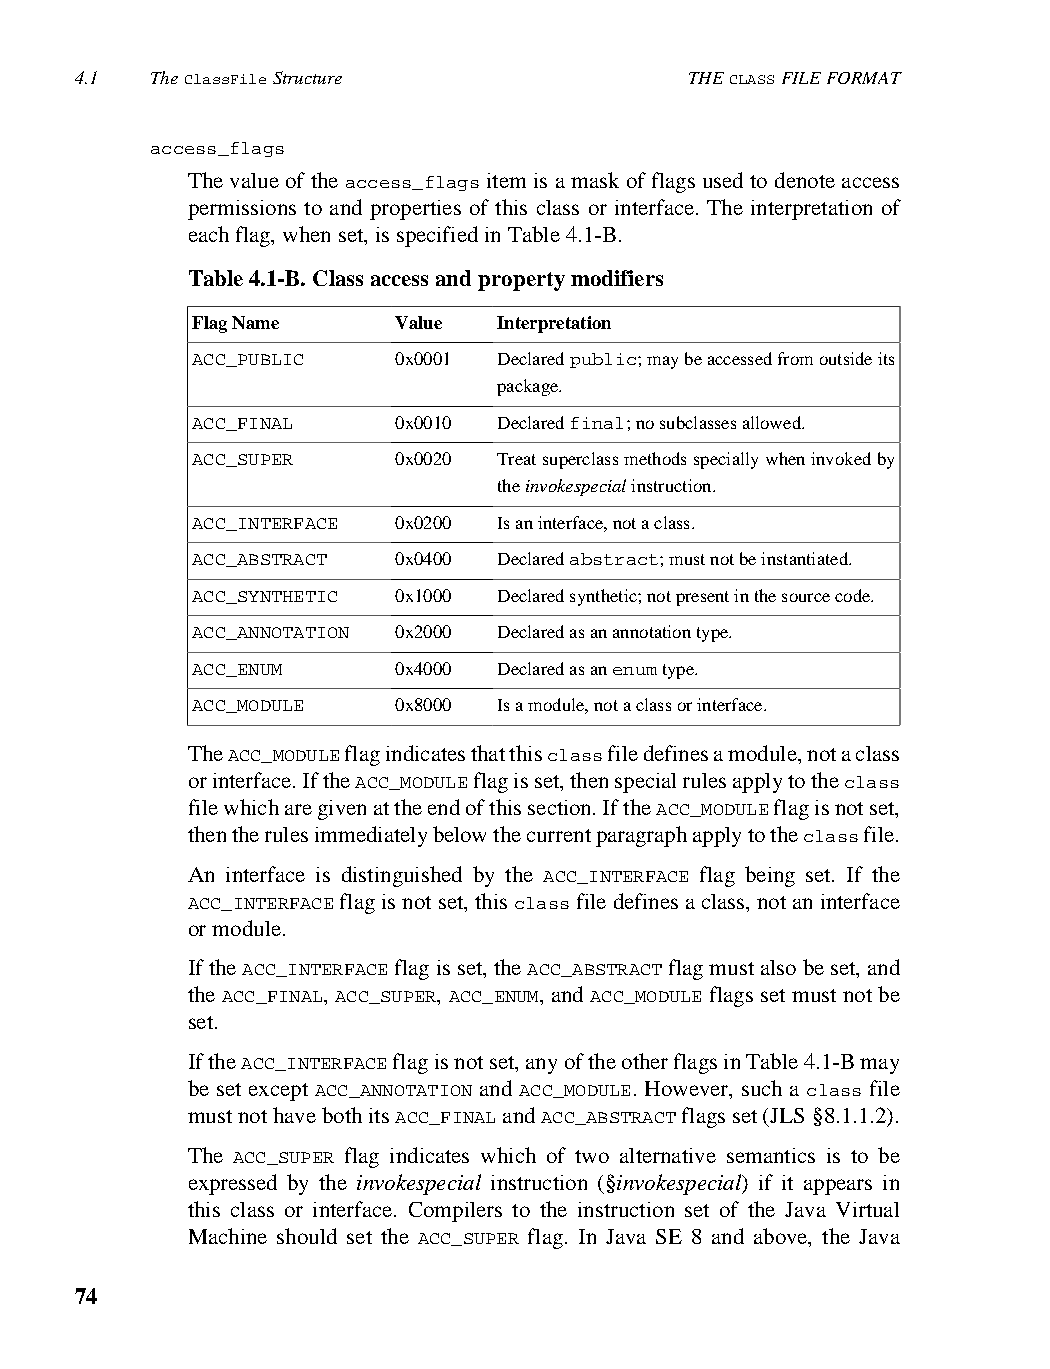
4.1  The ClassFile Structure             THE CLASS FILE FORMAT
 access_flags
 The value of the access_flags item is a mask of flags used to denote access
 permissions to and properties of this class or interface. The interpretation of
 each flag, when set, is specified in Table 4.1-B.
 Table 4.1-B. Class access and property modifiers
 Flag Name    Value  Interpretation
 ACC_PUBLIC   0x0001 Declared public; may be accessed from outside its
 package.
 ACC_FINAL    0x0010 Declared final; no subclasses allowed.
 ACC_SUPER    0x0020 Treat superclass methods specially when invoked by
 the invokespecial instruction.
 ACC_INTERFACE 0x0200 Is an interface, not a class.
 ACC_ABSTRACT 0x0400 Declared abstract; must not be instantiated.
 ACC_SYNTHETIC 0x1000 Declared synthetic; not present in the source code.
 ACC_ANNOTATION 0x2000 Declared as an annotation type.
 ACC_ENUM     0x4000 Declared as an enum type.
 ACC_MODULE   0x8000 Is a module, not a class or interface.
 The ACC_MODULE flag indicates that this class file defines a module, not a class
 or interface. If the ACC_MODULE flag is set, then special rules apply to the class
 file which are given at the end of this section. If the ACC_MODULE flag is not set,
 then the rules immediately below the current paragraph apply to the class file.
 An interface is distinguished by the ACC_INTERFACE flag being set. If the
 ACC_INTERFACE flag is not set, this class file defines a class, not an interface
 or module.
 If the ACC_INTERFACE flag is set, the ACC_ABSTRACT flag must also be set, and
 the ACC_FINAL, ACC_SUPER, ACC_ENUM, and ACC_MODULE flags set must not be
 set.
 If the ACC_INTERFACE flag is not set, any of the other flags in Table 4.1-B may
 be set except ACC_ANNOTATION and ACC_MODULE. However, such a class file
 must not have both its ACC_FINAL and ACC_ABSTRACT flags set (JLS §8.1.1.2).
 The ACC_SUPER flag indicates which of two alternative semantics is to be
 expressed by the invokespecial instruction (§invokespecial) if it appears in
 this class or interface. Compilers to the instruction set of the Java Virtual
 Machine should set the ACC_SUPER flag. In Java SE 8 and above, the Java
 74